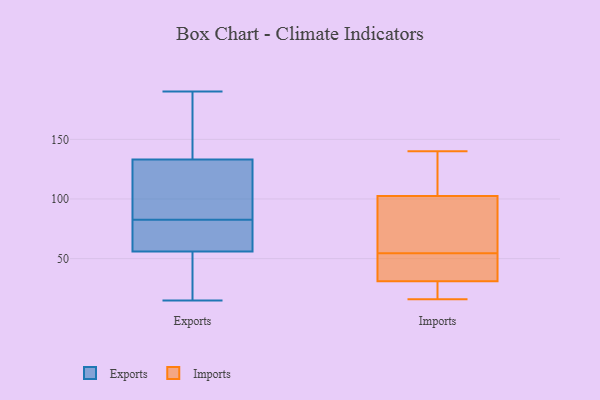
{"axis": {"x": "Gross Profit (USD K)", "y": "Value"}, "legend": ["Exports", "Imports"], "data": [{"x": "", "y": 56, "type": "Exports"}, {"x": "", "y": 116, "type": "Exports"}, {"x": "", "y": 98, "type": "Exports"}, {"x": "", "y": 133, "type": "Exports"}, {"x": "", "y": 17, "type": "Exports"}, {"x": "", "y": 142, "type": "Exports"}, {"x": "", "y": 71, "type": "Exports"}, {"x": "", "y": 147, "type": "Exports"}, {"x": "", "y": 91, "type": "Exports"}, {"x": "", "y": 58, "type": "Exports"}, {"x": "", "y": 88, "type": "Exports"}, {"x": "", "y": 15, "type": "Exports"}, {"x": "", "y": 190, "type": "Exports"}, {"x": "", "y": 45, "type": "Exports"}, {"x": "", "y": 167, "type": "Exports"}, {"x": "", "y": 74, "type": "Exports"}, {"x": "", "y": 16, "type": "Exports"}, {"x": "", "y": 77, "type": "Exports"}, {"x": "", "y": 84, "type": "Imports"}, {"x": "", "y": 53, "type": "Imports"}, {"x": "", "y": 33, "type": "Imports"}, {"x": "", "y": 121, "type": "Imports"}, {"x": "", "y": 16, "type": "Imports"}, {"x": "", "y": 28, "type": "Imports"}, {"x": "", "y": 140, "type": "Imports"}, {"x": "", "y": 52, "type": "Imports"}, {"x": "", "y": 56, "type": "Imports"}, {"x": "", "y": 139, "type": "Imports"}, {"x": "", "y": 29, "type": "Imports"}, {"x": "", "y": 58, "type": "Imports"}]}